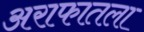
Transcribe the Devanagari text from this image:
अराफातला